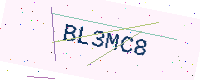
Text: BL3MC8